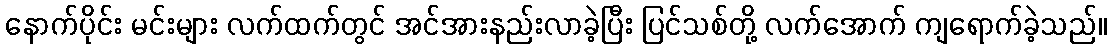
နောက်ပိုင်း မင်းများ လက်ထက်တွင် အင်အားနည်းလာခဲ့ပြီး ပြင်သစ်တို့ လက်အောက် ကျရောက်ခဲ့သည်။